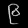
Digit: ၉